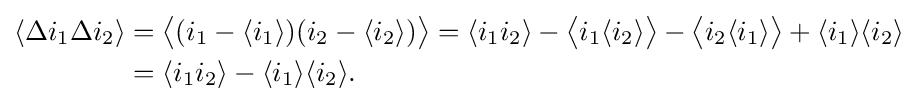
{\begin{aligned}\langle \Delta i_{1}\Delta i_{2}\rangle &={\big \langle }(i_{1}-\langle i_{1}\rangle )(i_{2}-\langle i_{2}\rangle ){\big \rangle }=\langle i_{1}i_{2}\rangle -{\big \langle }i_{1}\langle i_{2}\rangle {\big \rangle }-{\big \langle }i_{2}\langle i_{1}\rangle {\big \rangle }+\langle i_{1}\rangle \langle i_{2}\rangle \\&=\langle i_{1}i_{2}\rangle -\langle i_{1}\rangle \langle i_{2}\rangle .\end{aligned}}